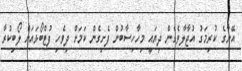
އޭނާގެ ކުރިމަގު އުޖާލާވެގެން ދިޔައީ މިހާހިސާބުން ފެށިގެން ކަމަށް ދިވެހި ފުޓްބޯޅައަށް ލޯބިކުރާ